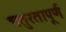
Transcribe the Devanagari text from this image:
चतुरतापूर्ण